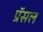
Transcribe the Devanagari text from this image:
प्रॅसल